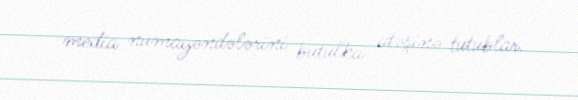
media nümayəndələrini butulka atəşinə tutublar.